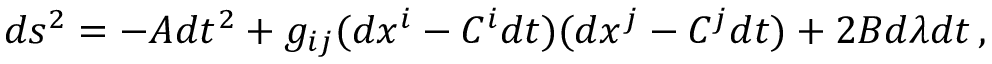
d s ^ { 2 } = - A d t ^ { 2 } + g _ { i j } ( d x ^ { i } - C ^ { i } d t ) ( d x ^ { j } - C ^ { j } d t ) + 2 B d \lambda d t \, ,